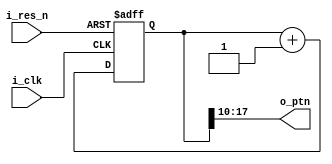
/*============================================================================*/
/*
 * @file    tb_pattern_gen.v
 * @brief   Test pattern generator
 * @note    
 * @date    2020/11/28
 * @author  kingyo
 */
/*============================================================================*/
`timescale 1ns / 100ps

module tb_pattern_gen (
    input   wire            i_clk,
    input   wire            i_res_n,
    output  wire    [7:0]   o_ptn
);
    parameter LSB_POS = 10;

    reg     [31:0]  r_cnt;
    always @(posedge i_clk or negedge i_res_n) begin
        if (~i_res_n) begin
            r_cnt <= 32'd0;
        end else begin
            r_cnt <= r_cnt + 32'd1;
        end
    end

    assign o_ptn[7:0] = r_cnt[LSB_POS + 7:LSB_POS];

endmodule